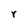
Character: r